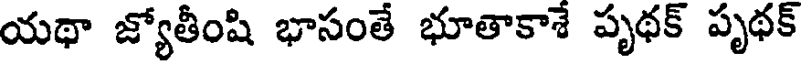
యథా జ్యోతీంషి భాసంతే భూతాకాశే పృథక్ పృథక్